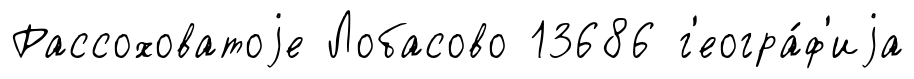
Рассоховатоjе Лобасово 13686 г'еогра́ф'иjа